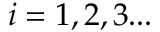
i = 1 , 2 , 3 . . .